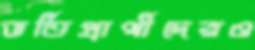
ভর্তিপ্রার্থীদেরও